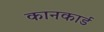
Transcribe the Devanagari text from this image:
कानकार्ड